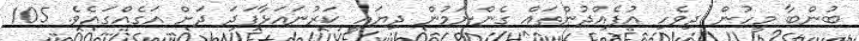
ބުންބާ މީހުން ދިވެހި އުފެއްދުންތައް ގެންނަމުން ދިޔައީ ކަރުނައަޅާފަދަ ދަށް އަގެއްގައެވެ. 105